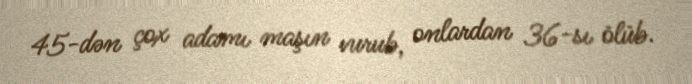
45-dən çox adamı maşın vurub, onlardan 36-sı ölüb.